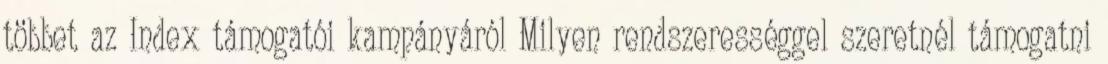
többet az Index támogatói kampányáról Milyen rendszerességgel szeretnél támogatni